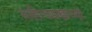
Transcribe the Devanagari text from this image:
साहित्यशास्त्राच्या